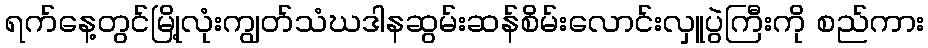
ရက်နေ့တွင်မြို့လုံးကျွတ်သံဃဒါနဆွမ်းဆန်စိမ်းလောင်းလှူပွဲကြီးကို စည်ကား